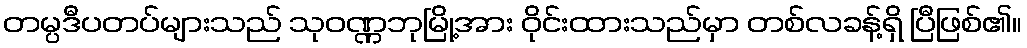
တမ္ပဒီပတပ်များသည် သုဝဏ္ဏဘုမြို့အား ဝိုင်းထားသည်မှာ တစ်လခန့်ရှိ ပြီဖြစ်၏။